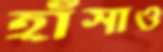
হাঁসাও